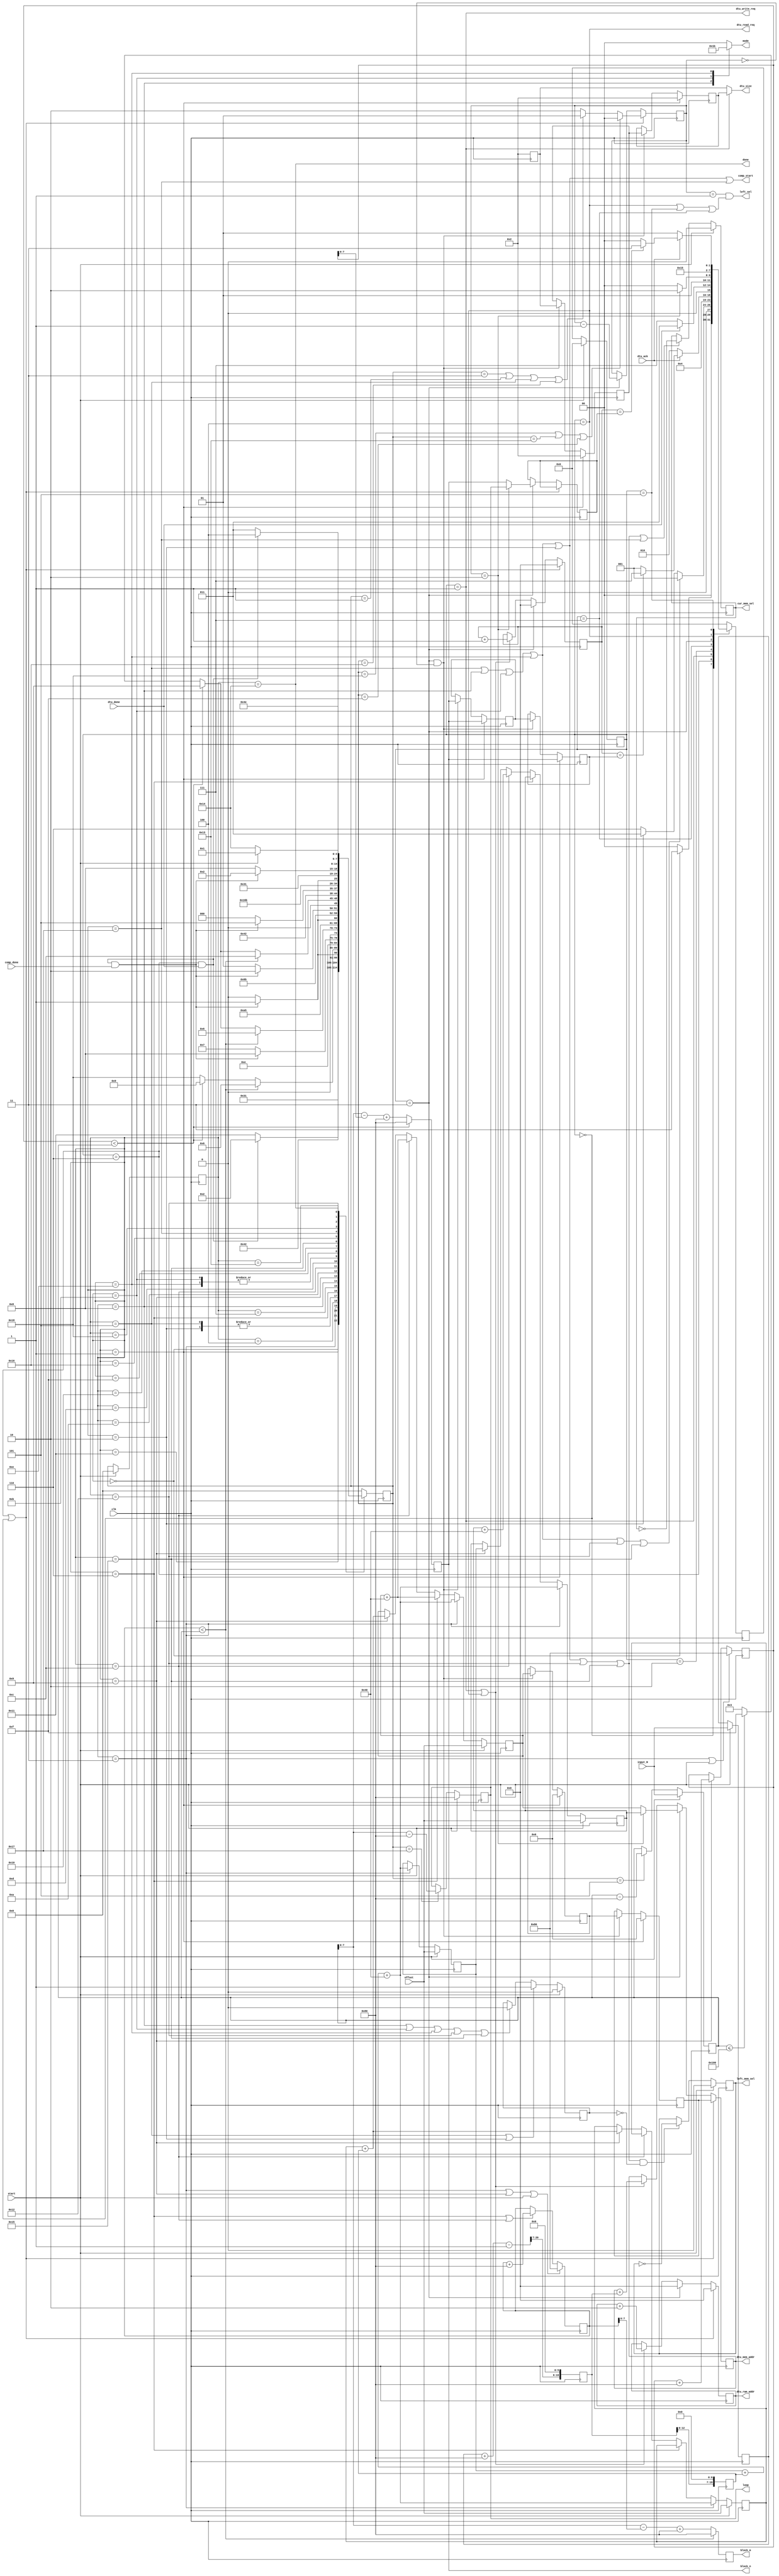
`define NWIDTH 6'b010100
`define BLOCKWIDTH 5'b01000
`define DDRWIDTH 7'b0100000
`define DDRNUMDQS 4'b0100
`define DDRSIZEWIDTH 6'b011000
`define BURSTLEN 3'b010
`define MEMCONWIDTH 8'b01000000
`define MEMCONNUMBYTES 5'b01000
`define RAMWIDTH 13'b0100000000000
`define RAMNUMBYTES 10'b0100000000
`define RAMSIZEWIDTH 5'b01000
`define TOPWIDTH 7'b0100000
`define rFIFOINPUTWIDTH 8'b01000000
`define wFIFOINPUTWIDTH 13'b0100000000000
`define mFIFOWIDTH 6'b011100
`define aFIFOWIDTH 5'b01000
`define SIMULATION_MEMORY
`define BLOCKM 9'b010000000
`define BLOCKN 9'b010000000
`define BLOCKMDIVK 3'b010
`define MEMBLOCKM 8'b01000000
`define MEMBLOCKN 8'b01000000
`define NWIDTH 6'b010100
`define BLOCKWIDTH 5'b01000
`define DDRSIZEWIDTH 6'b011000
`define RAMSIZEWIDTH 5'b01000
`define START 1'b0 //0
`define SETUP 2'b01 //1
`define FIRST 3'b010 //2
`define MODE0_SETUP 3'b011 //3
`define MODE0_WAIT 4'b0100 //4
`define MODE0 4'b0101 //5
`define MODE1_SETUP 4'b0110 //6
`define MODE1_WAIT 4'b0111 //7
`define MODE1 5'b01000 //8
`define MODE2_SETUP 5'b01001 //9
`define MODE2_WAIT 5'b01010 //10
`define MODE2 5'b01011 //11
`define MODE3_SETUP 5'b01100 //12
`define MODE3_WAIT 5'b01101 //13
`define MODE3 5'b01110 //14
`define STALL 5'b01111 //15
`define STALL_WAIT 6'b010000 //16
`define WAIT 6'b010001 //17
`define FINAL_WRITE 6'b010010 //18
`define FINAL_WAIT 6'b010011 //19
`define IDLE 6'b010100 //20
`define LAST_SETUP 6'b010101 //21
`define LAST_SETUP_WAIT 6'b010110 //22
`define LAST 6'b010111 //23
`define LAST_WAIT 6'b011000 //24
`define MEM_IDLE 1'b0 //0
`define MEM_WRITE 2'b01 //1
`define MEM_WRITE_WAIT 3'b010 //2
`define MEM_CHECK_DONE 3'b011 //3
`define MEM_READ 4'b0100 //4
`define MEM_READ_WAIT 4'b0101 //5
`define MEM_DONE 4'b0110 //6
`define MEM_WAIT_DONE 4'b0111 //7
`define rRAMSIZEWIDTH 8
`define cSETUP 4'b0000
`define cSTART 4'b0001
`define cFETCH_COL 4'b0010
`define cWAIT_COL 4'b0011
`define cFIND_REC 4'b0100
`define cMULT_COL 4'b0101
`define cUPDATE_J 4'b0110
`define cSTORE_MO 4'b0111
`define cMULT_SUB 4'b1000
`define cINCRE_I 4'b1001
`define cWAIT 4'b1010
`define cDONE 4'b1011
`define cSTORE_DIAG 4'b1100
`define cSTORE_DIAG2 4'b1101
`define cSTART_FETCH_ROW 4'b1110
`define cROW_WAIT 2'b00
`define cFETCH_ROW 2'b01
`define cDONE_FETCH_ROW 2'b10
`define cLOAD_ROW_INC_J 2'b11
`define PRECISION 7'b0100000
`define NUMPE 8'b01000000
`define PEWIDTH 4'b0110
`define BLOCKWIDTH 5'b01000
`define RAMWIDTH 13'b0100000000000
`define RAMNUMBYTES 10'b0100000000
`define RAMSIZEWIDTH 5'b01000
`define TOPSIZEWIDTH 5'b01110
`define TOPINPUTDELAY 3'b011
`define TOPOUTPUTDELAY 2'b01
`define MEMINPUTDELAY 3'b010
`define MEMOUTPUTDELAY 2'b01
`define TOPWIDTH 7'b0100000
//`define rFIFOINPUTWIDTH 64
`define rFIFOSIZE 512
`define rFIFOSIZEWIDTH 9
`define rFIFOOUTPUTWIDTH 2048
`define rFIFORSIZEWIDTH 4
	`define wFIFOINPUTWIDTH 13'b0100000000000
	`define wFIFOSIZE 6'b010000
	`define wFIFOSIZEWIDTH 4'b0100
	`define wFIFOOUTPUTWIDTH 8'b01000000
	`define wFIFORSIZEWIDTH 5'b01001
`define aFIFOSIZE 6'b010000
`define aFIFOSIZEWIDTH 4'b0100
`define aFIFOWIDTH 5'b01000
`define mFIFOSIZE 16
`define mFIFOSIZEWIDTH 4
//`define mFIFOWIDTH 28
`define BURSTLEN 3'b010
`define BURSTWIDTH 3'b010
`define DATAWIDTH 13'b0100000000000
`define DATANUMBYTES 10'b0100000000
`define MEMCONWIDTH 8'b01000000
`define MEMCONNUMBYTES 5'b01000
`define DDRSIZEWIDTH 6'b011000
`define FIFOSIZE 6'b010000
`define FIFOSIZEWIDTH 4'b0100
`define RAMWIDTH 13'b0100000000000
`define RAMNUMBYTES 10'b0100000000
`define RAMSIZEWIDTH 5'b01000
`define RATIO 7'b0100000
`define RAMLAT 4'b0101
`define dIDLE 0
`define dWRITE 1
`define dREAD 2
`define ZERO        8'b00000000  
`define ONE         8'b00000001  
`define TWO         8'b00000010  
`define THREE 		  8'b00000011  
`define FOUR		  8'b00000100  
`define FIVE		  8'b00000101  
`define SIX         8'b00000110  
`define SEVEN       8'b00000111  
`define EIGHT       8'b00001000  
`define NINE        8'b00001001  
`define TEN         8'b00001010  
`define ELEVEN      8'b00001011  
`define TWELVE      8'b00001100  
`define THIRTEEN    8'b00001101  
`define FOURTEEN    8'b00001110  
`define FIFTEEN     8'b00001111  
`define SIXTEEN     8'b00010000  
`define SEVENTEEN   8'b00010001  
`define EIGHTEEN	  8'b00010010  
`define NINETEEN    8'b00010011  
`define TWENTY		  8'b00010100  
`define TWENTYONE   8'b00010101  
`define TWENTYTWO   8'b00010110  
`define TWENTYTHREE 8'b00010111  
`define TWENTYFOUR  8'b00011000  
`define WEXP	8  
`define WSIG	23  
`define WFLAG	5  
`define WCONTROL 5  
`define DIVZERO 	0  
`define INVALID 	1  
`define INEXACT 	2  
`define OVERFLOW 	3  
`define UNDERFLOW	4  
`define WIDTH 		32 	//(`WEXP + `WSIG + 1)  
`define PRODWIDTH	48 	//(2 * (`WSIG + 1))  
`define SHIFTWIDTH	96 	//(2 * `PRODWIDTH))  
`define WPRENORM	24	// `WSIG + 1  
`define WEXPSUM		10	// `WEXP + 2  
`define BIAS		127	// (2^(`WEXP)) - 1  
`define WSIGMINUS1	22	// `WSIG - 1, used for rounding  
`define WSHIFTAMT	5	// log2(`WSIG + 1) rounded up  
`define UNDERBIAS	192	// 3 * 2 ^ (`WEXP -2)  
`define OVERBIAS	-192	// -`UNDERBIAS  
`define	EXTRASIG	25		// `WSIG+2 this is the amount of precision needed so no  
`define	SHIFT		5		// # bits the max alignment shift will fit in (log2(`WSIG+2)  
`define	MAX_EXP		8'b11111110	// the maximum non-infinite exponent,  
`define	INF_EXP		8'b11111111	// Infinity exponent, `WEXP bits, all 1  
`define	MAX_SIG		23'b11111111111111111111111  
`define	WEXP_0		8'b0		// Exponent equals `WEXP'b0  
`define	WEXP_1		8'b1		// Exponent equals one `WEXP'b1  
`define	WSIG_0		23'b0		// Significand equals zero `WSIG'b0  
`define	WSIG_1		23'b1		// Significand equals one `WSIG'b1  
`define	EXTRASIG_0	25'b0		// All result bits for adder zero `EXTRASIG'b0  
`define	MAXSHIFT	24		// `WSIG + 1  
`define CONSTNAN	{9'b111111111,22'b0}  
`define CONSTZERO	31'b0  
`define CONSTINFINITY	{8'b11111111, 23'b0}  
`define CONSTLARGEST	{`MAX_EXP, `MAX_SIG}  
`define PRESHIFTZEROS  48'b0 // `PRODWIDTH'b0  

module MarshallerController (clk, start, done, input_N, offset,
	comp_start, block_m, block_n, loop, mode, comp_done, cur_mem_sel, left_mem_sel,
	dtu_write_req, dtu_read_req, dtu_mem_addr, dtu_ram_addr, dtu_size, dtu_ack, dtu_done, left_sel);


input clk;
input start;
output done;
input [`NWIDTH-1:0] input_N;
input [`DDRSIZEWIDTH-1:0] offset;

// for computation section
output comp_start;
output [`BLOCKWIDTH-1:0] block_m, block_n, loop;
output [1:0] mode;
input comp_done;
output cur_mem_sel, left_mem_sel;

// for data marshaller section
output dtu_write_req,	dtu_read_req;
output [`DDRSIZEWIDTH-1:0] dtu_mem_addr;
output [`RAMSIZEWIDTH-1:0] dtu_ram_addr;
output [`BLOCKWIDTH-1:0] dtu_size;
input dtu_ack, dtu_done;
output left_sel;

reg [4:0] cur_state, next_state;
reg [`NWIDTH-1:0] comp_N, N, mcount, ncount, Ndivk, mem_N;
reg [1:0] mode;
reg [`BLOCKWIDTH-1:0] block_m, block_n, loop, read_n;
reg [`BLOCKWIDTH-1:0] write_n, write_n_buf;
reg left_mem_sel, cur_mem_sel, no_left_switch;

reg [3:0] cur_mem_state, next_mem_state;
reg [`RAMSIZEWIDTH-1:0] ram_addr;
reg [`DDRSIZEWIDTH-1:0] mem_addr;
reg [`DDRSIZEWIDTH-1:0] mem_base, mem_top, mem_write, mem_left, mem_cur;
reg [`DDRSIZEWIDTH-1:0] mem_write_buf;
reg [`BLOCKWIDTH-1:0] mem_count;
reg [1:0] mem_read;
reg [`BLOCKWIDTH-1:0] mem_write_size, mem_write_size_buf, mem_read_size;
wire mem_done;

assign done = (cur_state == `IDLE);
assign dtu_ram_addr = ram_addr;
assign dtu_mem_addr = mem_addr;
assign dtu_size = (cur_mem_state == `MEM_WRITE) ? mem_write_size : mem_read_size;
assign comp_start = (cur_state == `MODE0)||(cur_state == `MODE1)||(cur_state == `MODE2)||(cur_state == `MODE3)||(cur_state == `FIRST)||(cur_state == `LAST);
assign dtu_write_req = (cur_mem_state == `MEM_WRITE);
assign dtu_read_req = (cur_mem_state == `MEM_READ);
assign mem_done = (cur_mem_state == `MEM_DONE)&&(dtu_done == 1'b1);
assign left_sel = mem_read == 2'b01 && (cur_mem_state == `MEM_READ || cur_mem_state == `MEM_READ_WAIT || cur_mem_state == `MEM_WAIT_DONE);

// FSM to produce memory instructions to DTU
always @ (posedge clk)
begin
	case (cur_mem_state)
	`MEM_IDLE:
	begin
		if (cur_state == `START)
			next_mem_state <= `MEM_CHECK_DONE;
		else
			next_mem_state <= `MEM_IDLE;
	end
	`MEM_DONE:
	begin
		if (cur_state == `MODE0 || cur_state == `MODE1 || cur_state == `MODE2 || 
			cur_state == `MODE3 || cur_state == `FINAL_WRITE || cur_state == `LAST_SETUP)
			next_mem_state <= `MEM_WRITE;
		else if (cur_state == `FIRST)
			next_mem_state <= `MEM_CHECK_DONE;
		else
			next_mem_state <= `MEM_DONE;
	end
	`MEM_WRITE:
	begin
		next_mem_state <= `MEM_WRITE_WAIT;
	end
	`MEM_WRITE_WAIT:
	begin
		if (dtu_ack == 1'b1)
		begin
			if (mem_count == write_n)
				next_mem_state <= `MEM_WAIT_DONE;
			else 
				next_mem_state <= `MEM_WRITE;
		end
		else
			next_mem_state <= `MEM_WRITE_WAIT;
	end
	`MEM_WAIT_DONE:
	begin
		if (dtu_done == 1'b1)
			next_mem_state <= `MEM_CHECK_DONE;
		else
			next_mem_state <= `MEM_WAIT_DONE;
	end
	`MEM_CHECK_DONE:
	begin
		if (mem_read == 2'b10)
			next_mem_state <= `MEM_DONE;
		else
			next_mem_state <= `MEM_READ;
	end
	`MEM_READ:
	begin
		next_mem_state <= `MEM_READ_WAIT;
	end
	`MEM_READ_WAIT:
	begin
		if (dtu_ack == 1'b1)
		begin
			if (mem_count == read_n)
				next_mem_state <= `MEM_WAIT_DONE;
			else
				next_mem_state <= `MEM_READ;
		end
		else
			next_mem_state <= `MEM_READ_WAIT;
	end
	default:
		next_mem_state <= `MEM_IDLE;
	endcase
end

always @ (posedge clk)
begin
	if (cur_mem_state == `MEM_DONE || cur_mem_state == `MEM_IDLE)
	begin
		ram_addr <= 8'b0;
		mem_addr <= mem_write;
		if (next_state == `LAST_WAIT || next_state == `FINAL_WAIT || next_state == `STALL)
			mem_read <= 2'b00;
		else if (next_state == `MODE0_SETUP || next_state == `SETUP || cur_state == `MODE0 || next_state == `LAST_SETUP_WAIT)
			mem_read <= 2'b01;
		else
			mem_read <= 2'b10;
		mem_count <= 8'b0;
	end
	else if (cur_mem_state == `MEM_CHECK_DONE)
	begin
		if (mem_read == 2'b10)
		begin
			mem_addr <= mem_left;
			read_n <= loop;
		end
		else
		begin
			mem_addr <= mem_cur;
			read_n <= block_n;
		end
		mem_read <= mem_read - 2'b01;
		mem_count <= 8'b0;
		ram_addr <= 8'b0;
	end
	else if (cur_mem_state == `MEM_WRITE || cur_mem_state == `MEM_READ)
	begin
		ram_addr <= ram_addr + `BLOCKMDIVK;
		mem_addr <= mem_addr + Ndivk;
		mem_count <= mem_count + 2'b01;
	end
	
end

// FSM to determine the block LU factorization algorithm
always @ (posedge clk)
begin
	case (cur_state)
	`START:
	begin
		next_state <= `SETUP;
	end
	`SETUP:
	begin
		next_state <= `WAIT;
	end
	`WAIT:
	begin
		if (mem_done == 1'b1)
			next_state <= `FIRST;
		else
			next_state <= `WAIT;

	end
	`FIRST:
	begin
		if (mcount < comp_N)
			next_state <= `MODE1_SETUP;
		else if (ncount < comp_N)
			next_state <= `MODE2_SETUP;
		else
			next_state <= `LAST_WAIT;
	end
	`MODE0_SETUP:
	begin
		next_state <= `MODE0_WAIT;
	end
	`MODE0_WAIT:
	begin
		if (mem_done == 1'b1 && comp_done == 1'b1)
			next_state <= `MODE0;
		else
			next_state <= `MODE0_WAIT;

	end
	`MODE0:
	begin
		if (mcount < comp_N)
			next_state <= `MODE1_SETUP;
		else if (ncount < comp_N)
			next_state <= `MODE2_SETUP;
		else
		begin
			next_state <= `LAST_WAIT;
		end
	end
	`MODE1_SETUP:
	begin
		next_state <= `MODE1_WAIT;
	end
	`MODE1_WAIT:
	begin
		if (mem_done == 1'b1 && comp_done == 1'b1)
			next_state <= `MODE1;
		else
			next_state <= `MODE1_WAIT;

	end
	`MODE1:
	begin
		if (mcount < comp_N)
			next_state <= `MODE1_SETUP;
		else if (ncount < comp_N)
			next_state <= `MODE2_SETUP;
		else if (comp_N <= `BLOCKN + `BLOCKN)
			next_state <= `STALL;
		else
			next_state <= `MODE0_SETUP;
	end
	`MODE2_SETUP:
	begin
		next_state <= `MODE2_WAIT;
	end
	`MODE2_WAIT:
	begin
		if (mem_done == 1'b1 && comp_done == 1'b1)
			next_state <= `MODE2;
		else
			next_state <= `MODE2_WAIT;
	end
	`MODE2:
	begin
		if (mcount < comp_N)
			next_state <= `MODE3_SETUP;
		else if (ncount < comp_N)
			next_state <= `MODE2_SETUP;
		else if (comp_N <= `BLOCKN + `BLOCKN)
			next_state <= `STALL;
		else
			next_state <= `MODE0_SETUP;
	end
	`MODE3_SETUP:
	begin
		next_state <= `MODE3_WAIT;
	end
	`MODE3_WAIT:
	begin
		if (mem_done == 1'b1 && comp_done == 1'b1)
			next_state <= `MODE3;
		else
			next_state <= `MODE3_WAIT;
	end
	`MODE3:
	begin
		if (mcount < comp_N)
			next_state <= `MODE3_SETUP;
		else if (ncount < comp_N)
			next_state <= `MODE2_SETUP;
		else if (comp_N <= `BLOCKN + `BLOCKN)
			next_state <= `STALL;
		else
			next_state <= `MODE0_SETUP;
	end
	`STALL:
		next_state <= `STALL_WAIT;
	`STALL_WAIT:
		if (mem_done == 1'b1 && comp_done == 1'b1)
			next_state <= `LAST_SETUP;
		else
			next_state <= `STALL_WAIT;
	`LAST_SETUP:
		next_state <= `LAST_SETUP_WAIT;
	`LAST_SETUP_WAIT:
		if (mem_done == 1'b1 && comp_done == 1'b1)
			next_state <= `LAST;
		else
			next_state <= `LAST_SETUP_WAIT;
	`LAST:
		next_state <= `LAST_WAIT;
	`LAST_WAIT:
		if (mem_done == 1'b1 && comp_done == 1'b1)
			next_state <= `FINAL_WRITE;
		else
			next_state <= `LAST_WAIT;
	`FINAL_WRITE:
		next_state <= `FINAL_WAIT;
	`FINAL_WAIT:
		if (mem_done == 1'b1)
			next_state <= `IDLE;
		else
			next_state <= `FINAL_WAIT;
	`IDLE:
		if (start)
			next_state <= `SETUP;
		else
			next_state <= `IDLE;
	default:
		next_state <= `START;
	endcase
end

always @ (posedge clk)
begin
	if (start)
	begin
		cur_state <= `START;
		cur_mem_state <= `MEM_IDLE;
	end
	else
	begin
		cur_state <= next_state;
		cur_mem_state <= next_mem_state;
	end
end

always @ (cur_state)
begin
	case (cur_state)
	`MODE1:
		mode = 2'b01;
	`MODE2:
		mode = 2'b10;
	`MODE3:
		mode = 2'b11;
	default:
		mode = 2'b00;
	endcase
end

always @ (posedge clk)
begin
	if (start)
	begin
		comp_N <= input_N;
		N <= input_N;
	end
	else if (next_state == `MODE0)
	begin
		comp_N <= comp_N - `BLOCKN;
	end

	Ndivk <= ((N+`BLOCKM-1)>>7)<<6;
	mem_N <= Ndivk<<7;

	if (start)
	begin
		mem_base <= offset;
		mem_top <= offset;
		mem_left <= offset;
		mem_cur <= offset;
	end
	else if (cur_state == `MODE0_SETUP)
	begin
		mem_base <= mem_base + mem_N+`MEMBLOCKN;
		mem_top <= mem_base + mem_N+`MEMBLOCKN;
		mem_cur <= mem_base + mem_N+`MEMBLOCKN;
		mem_left <= mem_base + mem_N+`MEMBLOCKN;
	end
	else if (cur_state == `MODE1_SETUP)
	begin
		mem_cur <= mem_cur + `MEMBLOCKM;
	end	
	else if (cur_state == `MODE3_SETUP)
	begin
		mem_cur <= mem_cur + `MEMBLOCKM;
		mem_left <= mem_left + `MEMBLOCKM;
	end
	else if (cur_state == `MODE2_SETUP)
	begin
		mem_cur <= mem_top + mem_N;
		mem_top <= mem_top + mem_N;
		mem_left <= mem_base;
	end

	if (cur_state == `SETUP)
	begin
		mem_write <= 24'b0;
		mem_write_buf <= 24'b0;
		mem_write_size <= `BLOCKMDIVK;
		mem_write_size_buf <= `BLOCKMDIVK;
		write_n <= block_n;
		write_n_buf <= block_n;
	end
	else if (cur_mem_state == `MEM_CHECK_DONE && mem_read == 0)
	begin
		mem_write <= mem_write_buf;
		mem_write_buf <= mem_cur;
		mem_write_size <= mem_write_size_buf;
		mem_write_size_buf <= mem_read_size;
		write_n <= write_n_buf;
		write_n_buf <= block_n;
	end

	mem_read_size <= `BLOCKMDIVK;

	if (start) begin
		loop <= `BLOCKN;
	end else if (next_state == `LAST) begin
		loop <= comp_N[8:0] - `BLOCKN;
	end

	if (cur_state == `MODE0_SETUP || cur_state == `MODE2_SETUP || start) begin
		mcount <= `BLOCKM;
	end else if (cur_state == `MODE1_SETUP || cur_state == `MODE3_SETUP) begin
		mcount <= mcount+`BLOCKM;
	end

	if (cur_state == `MODE0_SETUP || start) begin
		ncount <= `BLOCKN;
	end else if (cur_state == `MODE2_SETUP) begin
		ncount <= ncount+`BLOCKN;
	end

	if (mcount < comp_N) begin
		block_m <= `BLOCKM;
	end else begin
		block_m <= comp_N - mcount + `BLOCKM;
	end 

	if (ncount < comp_N) begin
		block_n <= `BLOCKN;
	end else begin
		block_n <= comp_N - ncount + `BLOCKN;
	end

	if (start) begin
		cur_mem_sel <= 1'b0;
	end else if ((cur_state == `MODE0)||(cur_state == `MODE1)||(cur_state == `MODE2)||(cur_state == `MODE3)||
		 (cur_state == `FIRST)||(cur_state == `FINAL_WRITE)||(cur_state == `LAST_SETUP)||(cur_state == `LAST)) begin
		cur_mem_sel <= !cur_mem_sel;
	end 

	if (start) begin
		no_left_switch <= 1'b0;
	end else if ((cur_state == `MODE0)||(cur_state == `FIRST)) begin
		no_left_switch <= 1'b1;
	end else if ((cur_state == `MODE1)||(cur_state == `MODE2)||(cur_state == `MODE3)||
		 (cur_state == `FINAL_WRITE)||(cur_state == `LAST_SETUP)) begin
		no_left_switch <= 1'b0;
	end

	if (start) begin
		left_mem_sel <= 1'b0;
	end else if (((cur_state == `MODE0)||(cur_state ==`MODE1)||(cur_state == `MODE2)||(cur_state == `MODE3)||
		 (cur_state == `FIRST)||(cur_state == `FINAL_WRITE)||(cur_state == `LAST_SETUP))&&(no_left_switch == 1'b0)) begin
		left_mem_sel <= !left_mem_sel;
	end 
end

endmodule